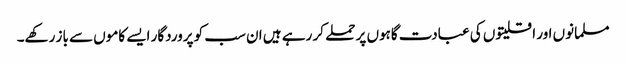
مسلمانوں اور اقلیتوں کی عبادت گاہوں پر حملے کر رہے ہیں ان سب کو پروردگار ایسے کاموں سے باز رکھے۔